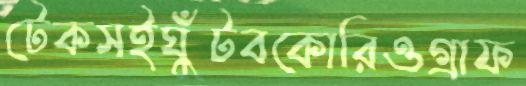
টেকসইঘুঁটবকোরিওগ্রাফ